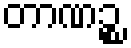
တာဏဉ္စ